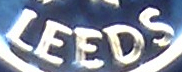
LEEDS